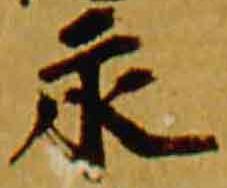
永